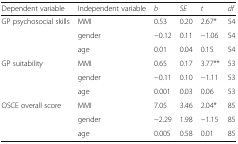
| Dependent variable | Independent variable | b | SE | t | df |
 | --- | --- | --- | --- | --- | --- |
 | GP psychosocial skills | MMI | 0.53 | 0.20 | 2.67* | 54 |
 |  | gender | −0.12 | 0.11 | −1.06 | 54 |
 |  | age | 0.01 | 0.04 | 0.15 | 54 |
 | GP suitability | MMI | 0.65 | 0.17 | 3.77** | 53 |
 |  | gender | −0.11 | 0.10 | −1.11 | 53 |
 |  | age | 0.001 | 0.03 | 0.06 | 53 |
 | OSCE overall score | MMI | 7.05 | 3.46 | 2.04* | 85 |
 |  | gender | −2.29 | 1.98 | −1.15 | 85 |
 |  | age | 0.005 | 0.58 | 0.01 | 85 |